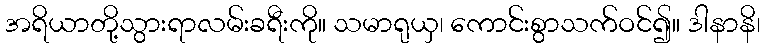
အရိယာတို့သွားရာလမ်းခရီးကို။ သမာရုယှ၊ ကောင်းစွာသက်ဝင်၍။ ဒါနာနိ၊